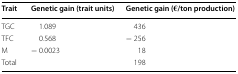
| Trait | Genetic gain (trait units) | Genetic gain (€/ton production) |
 | --- | --- | --- |
 | TGC | 1.089 | 436 |
 | TFC | 0.568 | − 256 |
 | M | − 0.0023 | 18 |
 | Total |  | 198 |